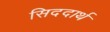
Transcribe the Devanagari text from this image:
सिददार्थ